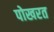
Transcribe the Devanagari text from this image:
पोखरत